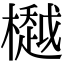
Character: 𣜀